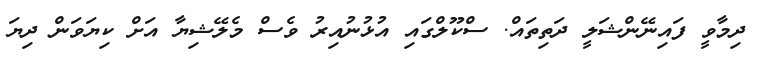
ދިމާވީ ފައިނޭންޝަލީ ދަތިތައް. ސްކޫލްގައި އުޅުނުއިރު ވެސް މެލޭޝިޔާ އަށް ކިޔަވަން ދިޔަ